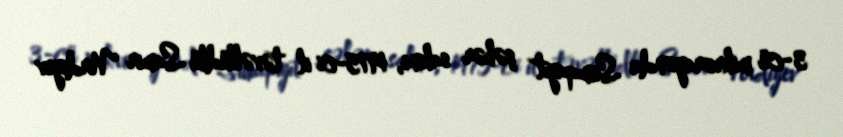
3-cü mikrorayonda Sumqayıt şəhər sakini, 1975-ci il təvəllüdlü Samir Verdiyev